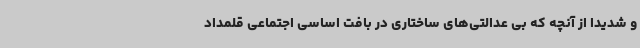
و شدیدا از آنچه که بی عدالتی‌های ساختاری در بافت اساسی اجتماعی قلمداد